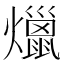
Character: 爉